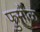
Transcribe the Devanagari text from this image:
फुर्मोळ